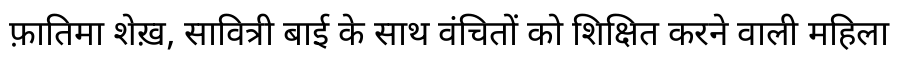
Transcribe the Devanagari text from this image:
फ़ातिमा शेख़, सावित्री बाई के साथ वंचितों को शिक्षित करने वाली महिला